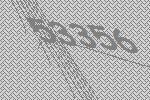
53356